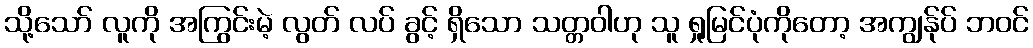
သို့သော် လူကို အကြွင်းမဲ့ လွတ် လပ် ခွင့် ရှိသော သတ္တဝါဟု သူ ရှုမြင်ပုံကိုတော့ အကျွန်ုပ် ဘဝင်